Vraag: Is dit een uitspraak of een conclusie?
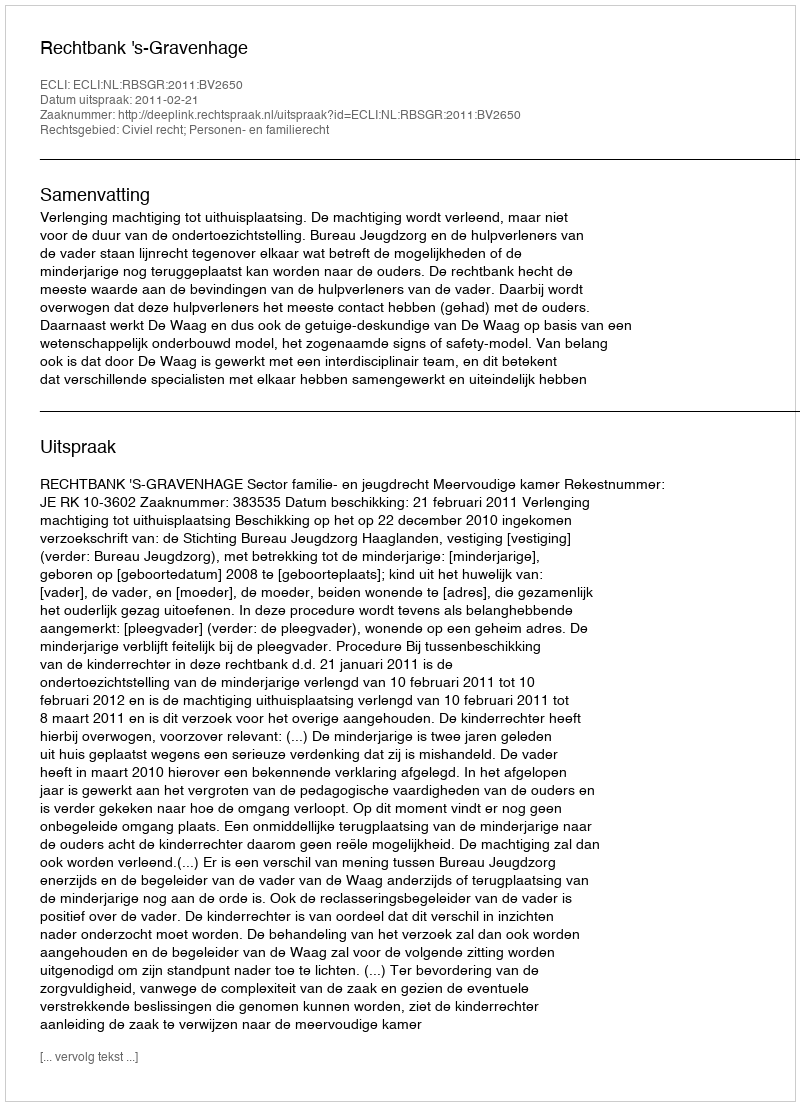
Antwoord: Uitspraak